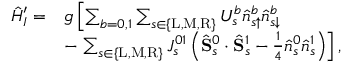
\begin{array} { r l } { \hat { H } _ { I } ^ { \prime } = } & { g \left[ \sum _ { b = 0 , 1 } \sum _ { s \in \{ \mathrm { L } , \mathrm { M } , \mathrm { R } \} } U _ { s } ^ { b } \hat { n } _ { s \uparrow } ^ { b } \hat { n } _ { s \downarrow } ^ { b } \right. } \\ & { - \left. \sum _ { s \in \{ \mathrm { L } , \mathrm { M } , \mathrm { R } \} } J _ { s } ^ { 0 1 } \left( \hat { \mathbf { S } } _ { s } ^ { 0 } \cdot \hat { \mathbf { S } } _ { s } ^ { 1 } - \frac { 1 } { 4 } \hat { n } _ { s } ^ { 0 } \hat { n } _ { s } ^ { 1 } \right) \right] , } \end{array}